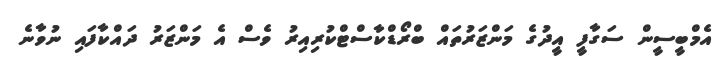
އެމްބީސީން ސަގާފީ އީދުގެ މަންޒަރުތައް ބްރޯޑްކާސްޓްކުރިއިރު ވެސް އެ މަންޒަރު ދައްކާފައި ނުވާނެ